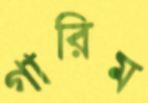
গারিম